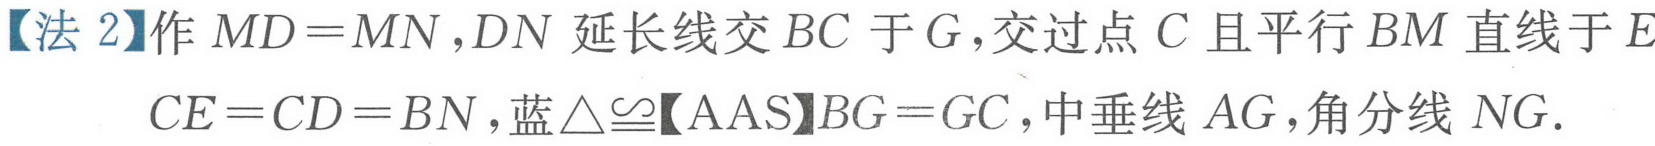
【法 2】作 \(MD = MN\)，\(DN\) 延长线交 \(BC\) 于 \(G\)，交过点 \(C\) 且平行 \(BM\) 直线于 \(E\)
\(CE = CD = BN\)，蓝\(\triangle\cong\)【AAS】\(BG = GC\)，中垂线 \(AG\)，角分线 \(NG\).